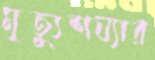
মৃত্যুশয্যার